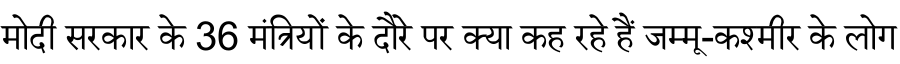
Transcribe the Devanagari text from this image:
मोदी सरकार के 36 मंत्रियों के दौरे पर क्या कह रहे हैं जम्मू-कश्मीर के लोग